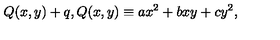
Q ( x , y ) + q , Q ( x , y ) \equiv a x ^ { 2 } + b x y + c y ^ { 2 } ,